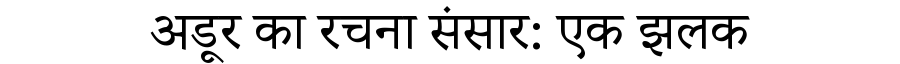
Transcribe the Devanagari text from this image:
अडूर का रचना संसार: एक झलक